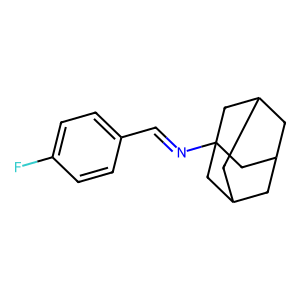
SMILES: Fc1ccc(C=NC23CC4CC(CC(C4)C2)C3)cc1
Inhibits HIV replication: No